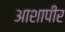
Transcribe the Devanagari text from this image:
आशापीर